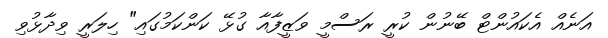
އަނެއް އެކައުންޓް ބޭނުން ކުރީ ރަސްމީ ވަޒީފާއާ ގުޅޭ ކަންކަމުގައި" ހިލަރީ ވިދާޅުވި